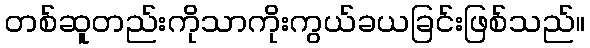
တစ်ဆူတည်းကိုသာကိုးကွယ်ခယခြင်းဖြစ်သည်။